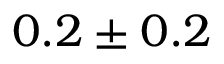
0 . 2 \pm 0 . 2